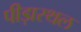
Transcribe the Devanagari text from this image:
पीड़ास्थल